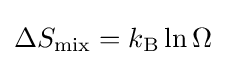
\Delta S_{\text{mix}}=k_{\text{B}}\ln \Omega